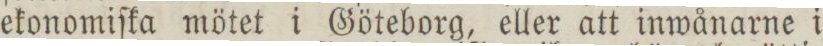
ekonomiſka mötet i Göteborg, eller att inwånarne i